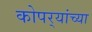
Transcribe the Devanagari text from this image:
कोपर्‍यांच्या